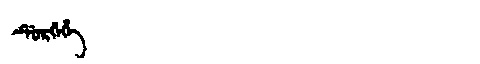
Manchu: ᡩᡠᡵᡤᡝᡥᡝ
Romanization: DURGEHE